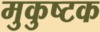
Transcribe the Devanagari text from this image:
मुकुष्टक